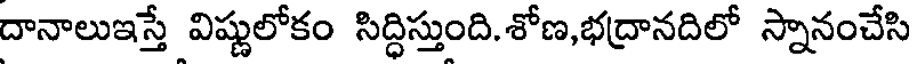
దానాలుఇస్తే విష్ణులోకం సిద్ధిస్తుంది.శోణ,భద్రానదిలో స్నానంచేసి